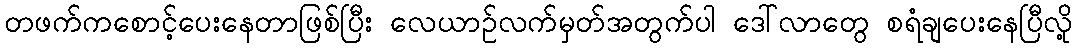
တဖက်ကစောင့်ပေးနေတာဖြစ်ပြီး လေယာဉ်လက်မှတ်အတွက်ပါ ဒေါ်လာတွေ စရံချပေးနေပြီလို့